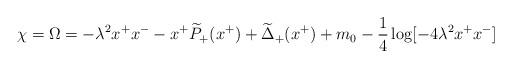
LaTeX: \begin{align*}\chi=\Omega=-\lambda^2 x^+ x^- -x^+ \widetilde{P}_+(x^+)+\widetilde{\Delta}_+(x^+) +m_0 -{1\over4}\log[-4\lambda^2x^+x^-]\end{align*}